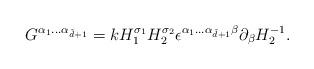
LaTeX: \begin{align*}G^{\alpha_{1}...\alpha _{\tilde d+1}}=k H_{1}^{\sigma_{1}}H_{2}^{\sigma_{2}} \epsilon ^{\alpha _{1}...\alpha_{\tilde d+1}\beta} \partial _{\beta} H_{2}^{-1}. \end{align*}